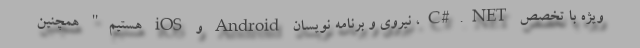
ویژه با تخصص C#.NET، نیروی و برنامه نویسان Android و iOS هستیم" همچنین